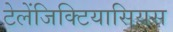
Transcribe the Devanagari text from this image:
टेलेंजिक्टियासियस